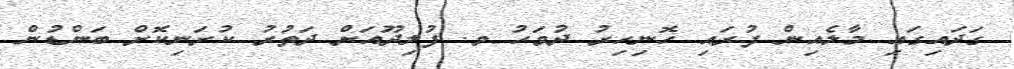
ގަދައިގައި މާލެއިން ފުރައި ހޮނިހިރު ދުވަހު ވ. ފުލިދޫއަށް ދަތުރު ކުރަނިކޮށް ބަންޑުން